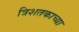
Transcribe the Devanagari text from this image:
त्रिशतकाच्या